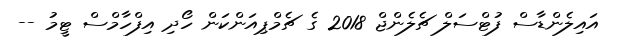
އައިލެންޑާސް ފުޓްސަލް ޗެލެންޖް 2018 ގެ ޗެމްޕިއަންކަން ހޯދި އިފްހާމްސް ޓީމު --